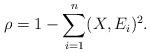
LaTeX: \begin{align*}\rho=1-\sum_{i=1}^{n}(X,E_{i})^{2}.\end{align*}